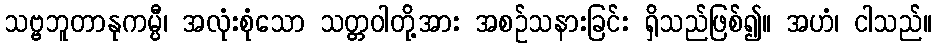
သဗ္ဗဘူတာနုကမ္ပီ၊ အလုံးစုံသော သတ္တဝါတို့အား အစဉ်သနားခြင်း ရှိသည်ဖြစ်၍။ အဟံ၊ ငါသည်။